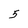
Character: 5